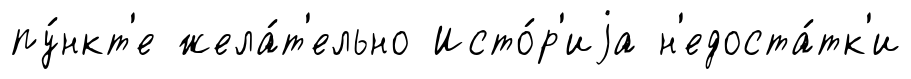
пу́нкт'е жела́т'ельно Исто́р'иjа н'едоста́тк'и